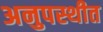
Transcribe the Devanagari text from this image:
अनुपस्थीत